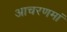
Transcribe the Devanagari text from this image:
आचरणमां